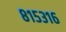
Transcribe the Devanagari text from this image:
८१५३१६